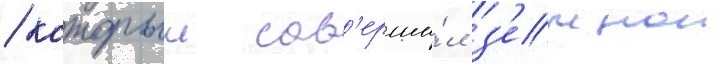
/ которыи сов'ерши́л з'емнои